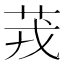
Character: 茙